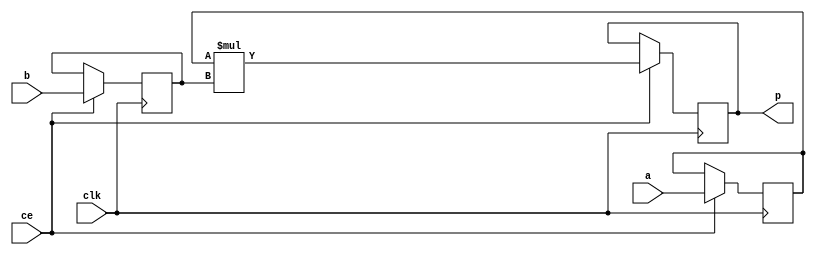
module hls_xfft2real_mul_32s_32s_63_3_1_Multiplier_0(clk, ce, a, b, p);
input clk;
input ce;
input[32 - 1 : 0] a; 
input[32 - 1 : 0] b; 
output[63 - 1 : 0] p;

reg signed [32 - 1 : 0] a_reg0;
reg signed [32 - 1 : 0] b_reg0;
wire signed [63 - 1 : 0] tmp_product;
reg signed [63 - 1 : 0] buff0;

assign p = buff0;
assign tmp_product = a_reg0 * b_reg0;
always @ (posedge clk) begin
    if (ce) begin
        a_reg0 <= a;
        b_reg0 <= b;
        buff0 <= tmp_product;
    end
end
endmodule